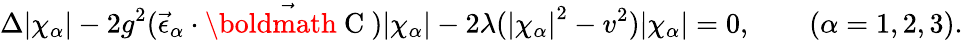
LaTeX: \Delta{|\chi_{\alpha}|}-2g^{2}({\vec{\epsilon}}_{\alpha}\cdot\vec{\mathrm{\boldmath~C~}}){|\chi_{\alpha}|}-2\lambda({|\chi_{\alpha}|}^{2}-v^{2}){|\chi_{\alpha}|}=0,\qquad(\alpha=1,2,3).